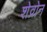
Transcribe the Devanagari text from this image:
शेव्रोन